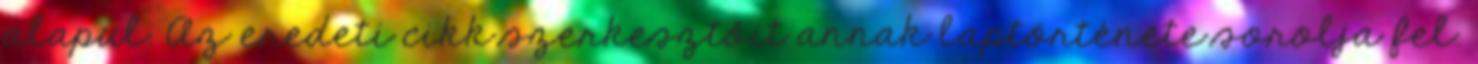
alapul. Az eredeti cikk szerkesztőit annak laptörténete sorolja fel.